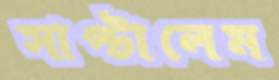
সাপ্‌টালেম